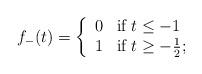
LaTeX: \begin{align*}f_-(t)=\left\{\begin{array}{ll}0 & \mbox{if $t\leq -1$}\\1 & \mbox{if $t\geq -{1\over2};$}\end{array}\right.\end{align*}